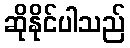
ဆိုနိုင်ပါသည်